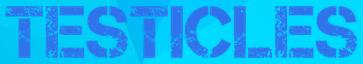
TESTICLES